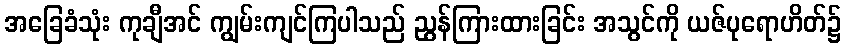
အခြေခံသုံး ကုချီအင် ကျွမ်းကျင်ကြပါသည် ညွန်ကြားထားခြင်း အသွင်ကို ယဇ်ပုရောဟိတ်၌